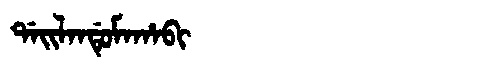
Manchu: ᡩᠠᡳᠯᠠᠨᡩᡠᠮᠠᡥᠠᠪᡳ
Romanization: DAILANDUMAHABI